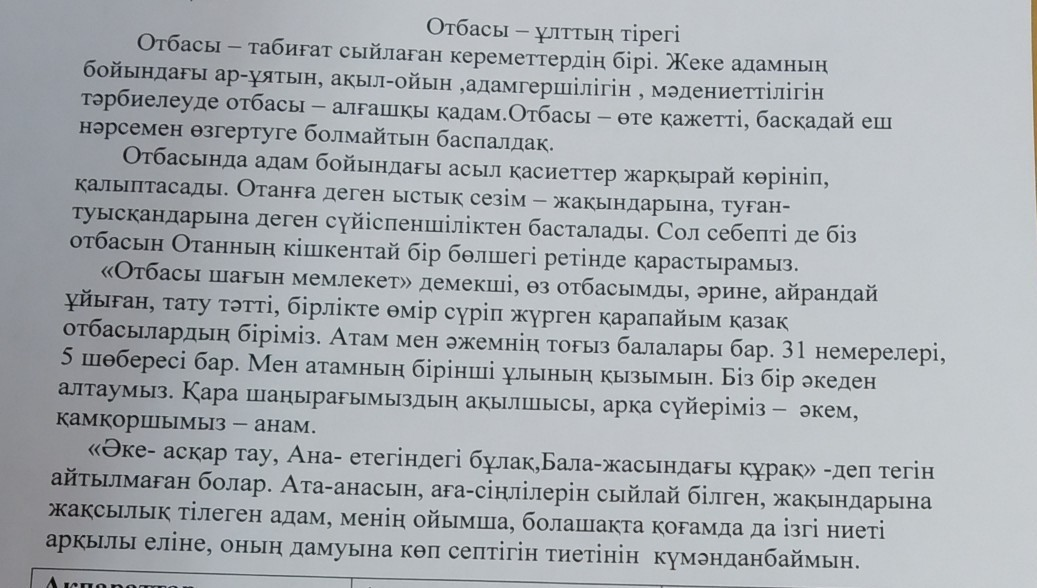
Language: kk